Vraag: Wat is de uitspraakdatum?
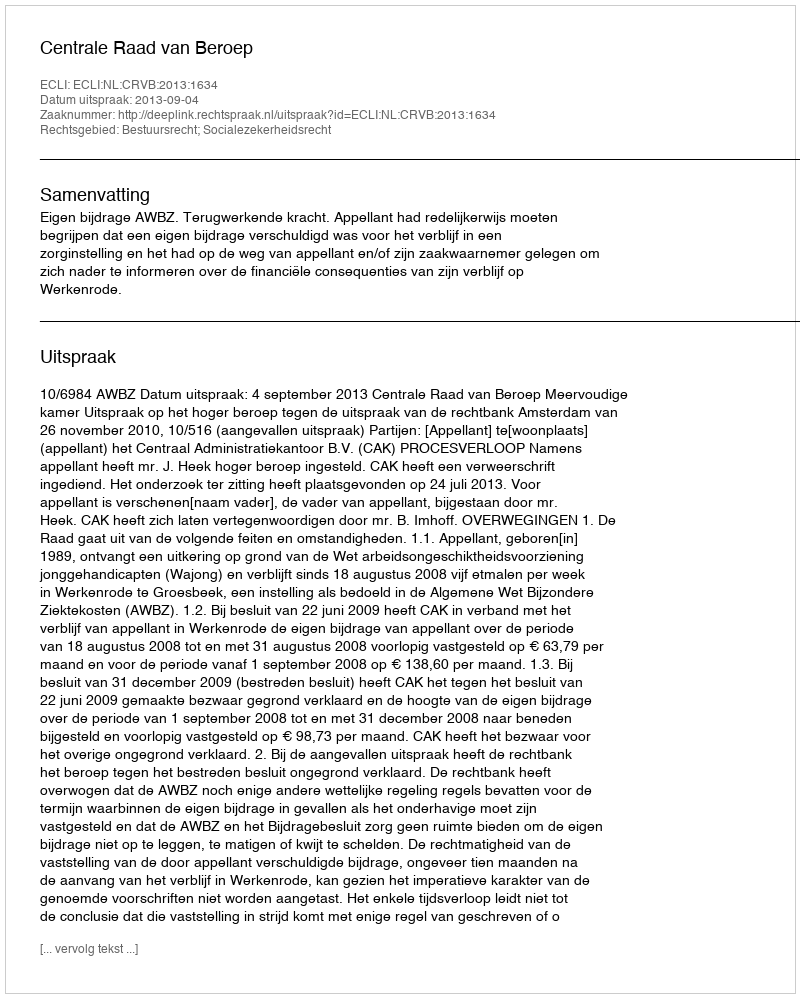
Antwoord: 2013-09-04